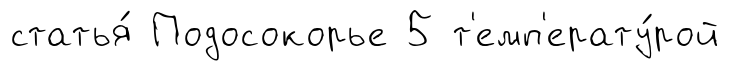
статья́ Подосокорье 5 т'емп'ерату́рой